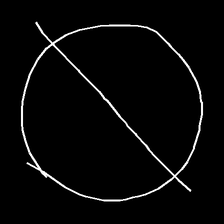
Glyph: orb